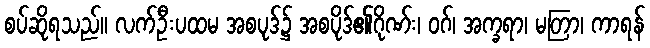
စပ်ဆိုရသည်။ လက်ဦးပထမ အစပုဒ်၌ အစပိုဒ်၏ဂိုဏ်း၊ ဝဂ်၊ အက္ခရာ၊ မတြာ၊ ကာရန်